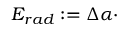
E _ { r a d } : = \Delta \alpha \cdot